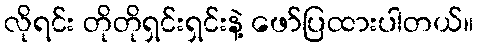
လိုရင်း တိုတိုရှင်းရှင်းနဲ့ ဖော်ပြထားပါတယ်။